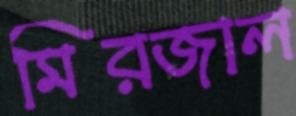
মিরজাল